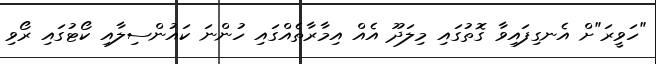
"ހަވީރަ"ށް އެނގިފައިވާ ގޮތުގައި މިލަދޫ އެއް އިމާރާތެއްގައި ހުންނަ ކައުންސިލާއި ކޯޓުގައި ރޯވި